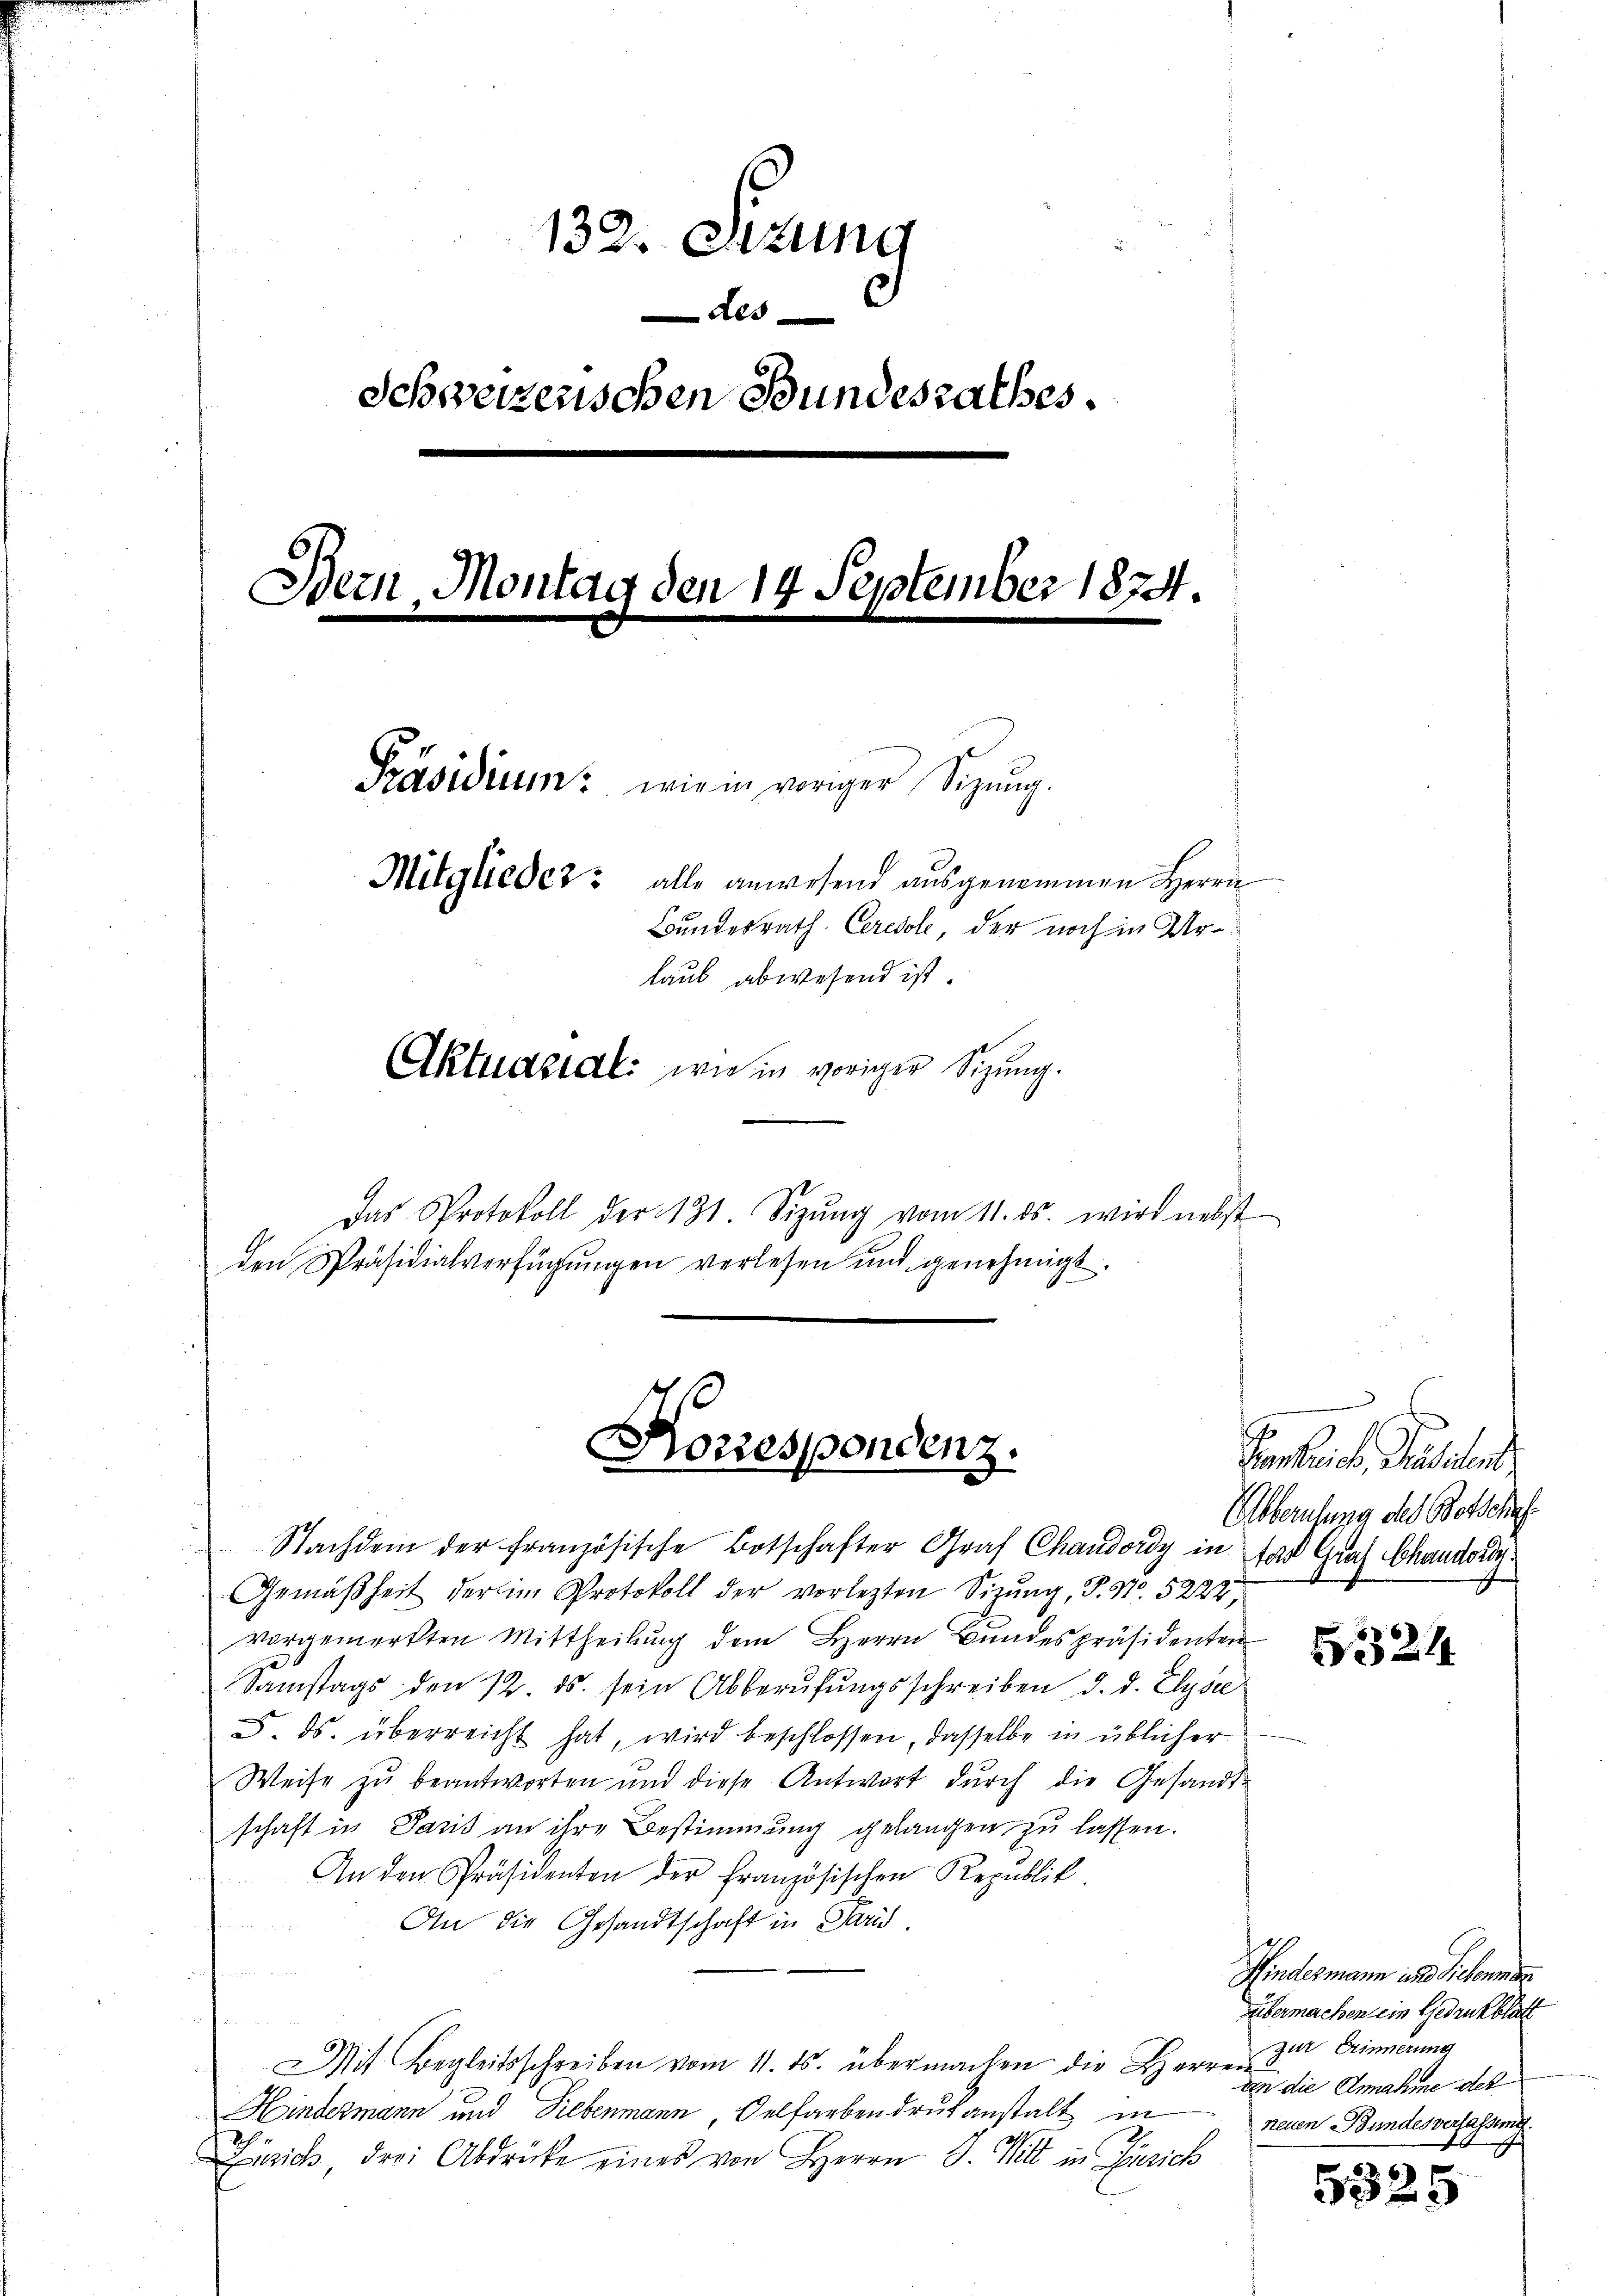
132. Sitzung
des
Schweizerischen Bundesrathes.
Bern Montag den 14 September 1874.
Präsidium wie in voriger Sitzŭng.
Mitglieder: alle anwesend ausgenommen Herrn
Bundesrath Ceredole, der noch in Urlaub abwesend ist.
Aktuasial: wie in voriger Sizung.

Das Protokoll der 131. Sitzŭng vom 11. ds. wird nebst
den Präsidialverfügungen verlesen und genehmigt.

Korrespondenz.

Nachdem der französische Botschafter Graf Chandordy in fand Graf Chandere
Gemäßheit der im Protokoll der vorletzten Sizung, P. Nr. 5222
vorgemerkten Mittheilung dem Herrn Bundespräsidenten
Samstags den 12. ds. sein Abberŭfŭngsschreiben d. d. Elysee
5. ds. überreicht hat, wird beschlossen, dasselbe in üblicher
Weise zu beantworten und diese Antwort durch die Gesandt-
schaft in Paris an ihre Bestimmung gelangen zu lassen.
An den Präsidenten der Französischen Republik
An die Gesandtschaft in Paris
Mit Begleitsschreiben vom 11. ds. übermachen die Herz zur Sinnerung
Hindesmann und Liebenmann Oelfarbendruck anstalt in
Zürich, drei Abdrücke eines von Herrn J. Witt in Zürich

Penkliche Parten
Ebberufung des Botsche

2324

Hindermann und Sichenme
übermachen sein Gedrukblatt
an die Annahme des
neuen Bundesverfassung.

5325